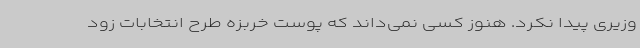
وزیری پیدا نکرد. هنوز کسی نمی‌داند که پوست خربزه طرح انتخابات زود